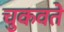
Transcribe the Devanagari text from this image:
चुकवते